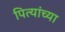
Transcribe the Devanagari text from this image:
पित्यांच्या